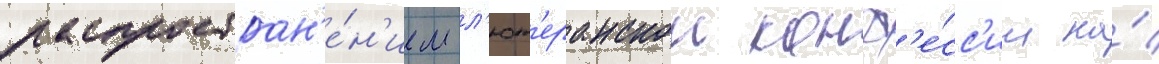
распростран'е́н'ием л'ют'еранскои конф'е́сс'ии на́